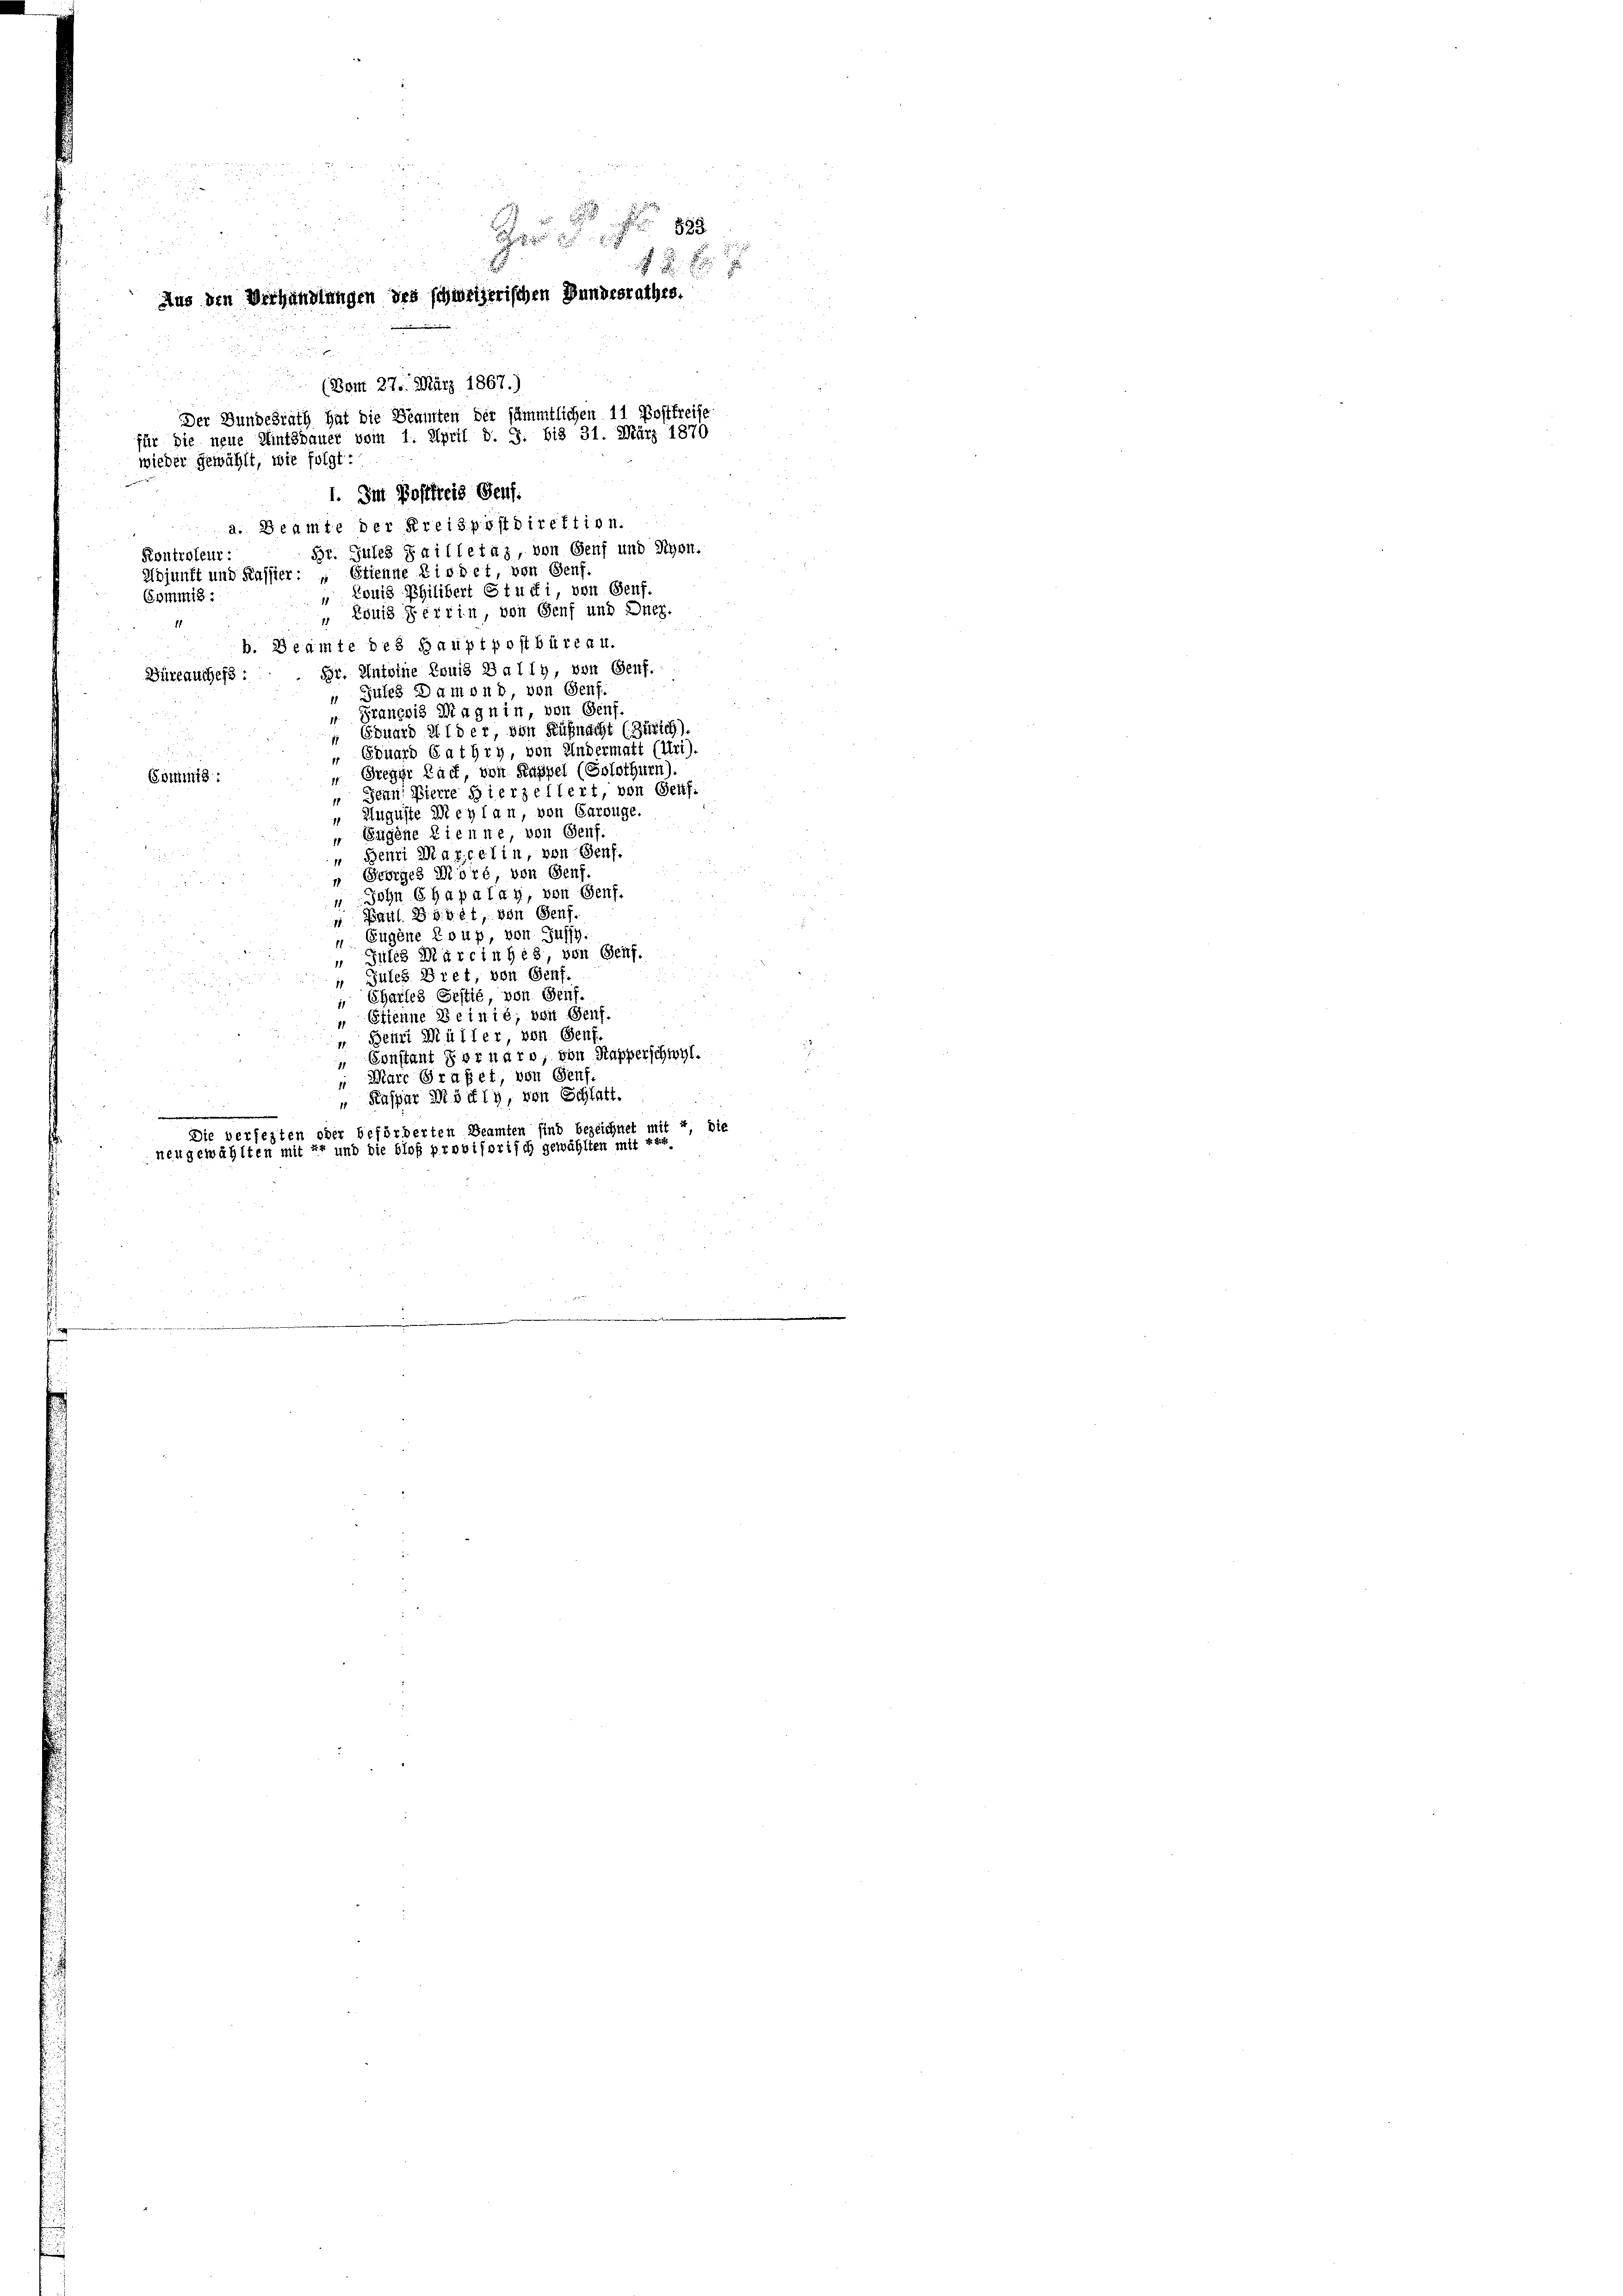
d

1. Im Postfreis Genf.
a. Beamte der Kreispostdirektion.
Br. Jules failletas, von Genf und Schon.
Kontroleur:
Adjunft und Kassier: Stienne Liedet, von Genf.
Louis Philibert Studi, von Genf.
Commis
d
 Louis Feirin von Genf und Dnez.
b. Beamte des Hauptpostbüreau.
Br. Antoine Louis Bally, von Genf.
Büreauchess:
 Gutes Damend, von Genf.
" Francois Magnin, von Genf.
Eduard Wider, von Küßnacht (Zürich).
 Eduard GatHry, von Andermatt (Uri).
 Breger Lach, von Kappel (Solothurn
Gommis:
 Jean Pierre Bierzellert, von Genf.
 Auguste Weyl an von Garouge.
 Sagene Lieune, von Genf.
 Beuri Marcelin, von Genf.
 Georges Moré von Genf.
u. John Chapa lag, von Genf.
 Paul Sibet, von Genf.
" Eugene Coup, von Gussy.
Jules Martin bis, von Genf.
Jules Bret, von Genf.
11
 Chartes Gestie, von Senf.
 Etienne Beinié; beit Genf.
Beurt Müller, von Genf.
I
 Constant Fornaro, von Kapperschwyl.
Marc Grafet, von Genf.
" Kaspar Mörly, von Schlatt.
Die verfetten oder beförderten Beamten sind bezeichnet mit 4 die
neugewählten mit Er und die bloß provisorisch gewählten mit ver

99

Aus den Verhandlungen des schweizerischen Bundesrathes.
(Bont. 27. März 1867.)
Der Bundesrath hat die Beamten der sämmtlichen 11 Postfreise
für die neue Hintzbauer vom 1. April d. 3. bis 31. März 1870
wieder gewählt, wie folgt: